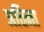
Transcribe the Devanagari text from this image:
अतिमा